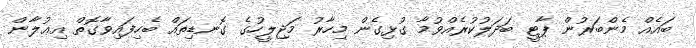
ބައެއް މެންބަރުން ޕާޓީ ބަދަލުކުރެއްވުމާ ގުޅިގެން މިހާރު މަޖިލީހުގެ ގޮނޑިތައް ބެހިފައިވާގޮތް އިޢުލާން